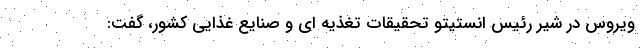
ویروس در شیر رئیس انستیتو تحقیقات تغذیه ای و صنایع غذایی کشور، گفت: